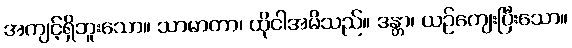
အကျင့်ရှိဘူးသော။ သာမာတာ၊ ထိုငါအမိသည်။ ဒန္တာ၊ ယဉ်ကျေးပြီးသော။